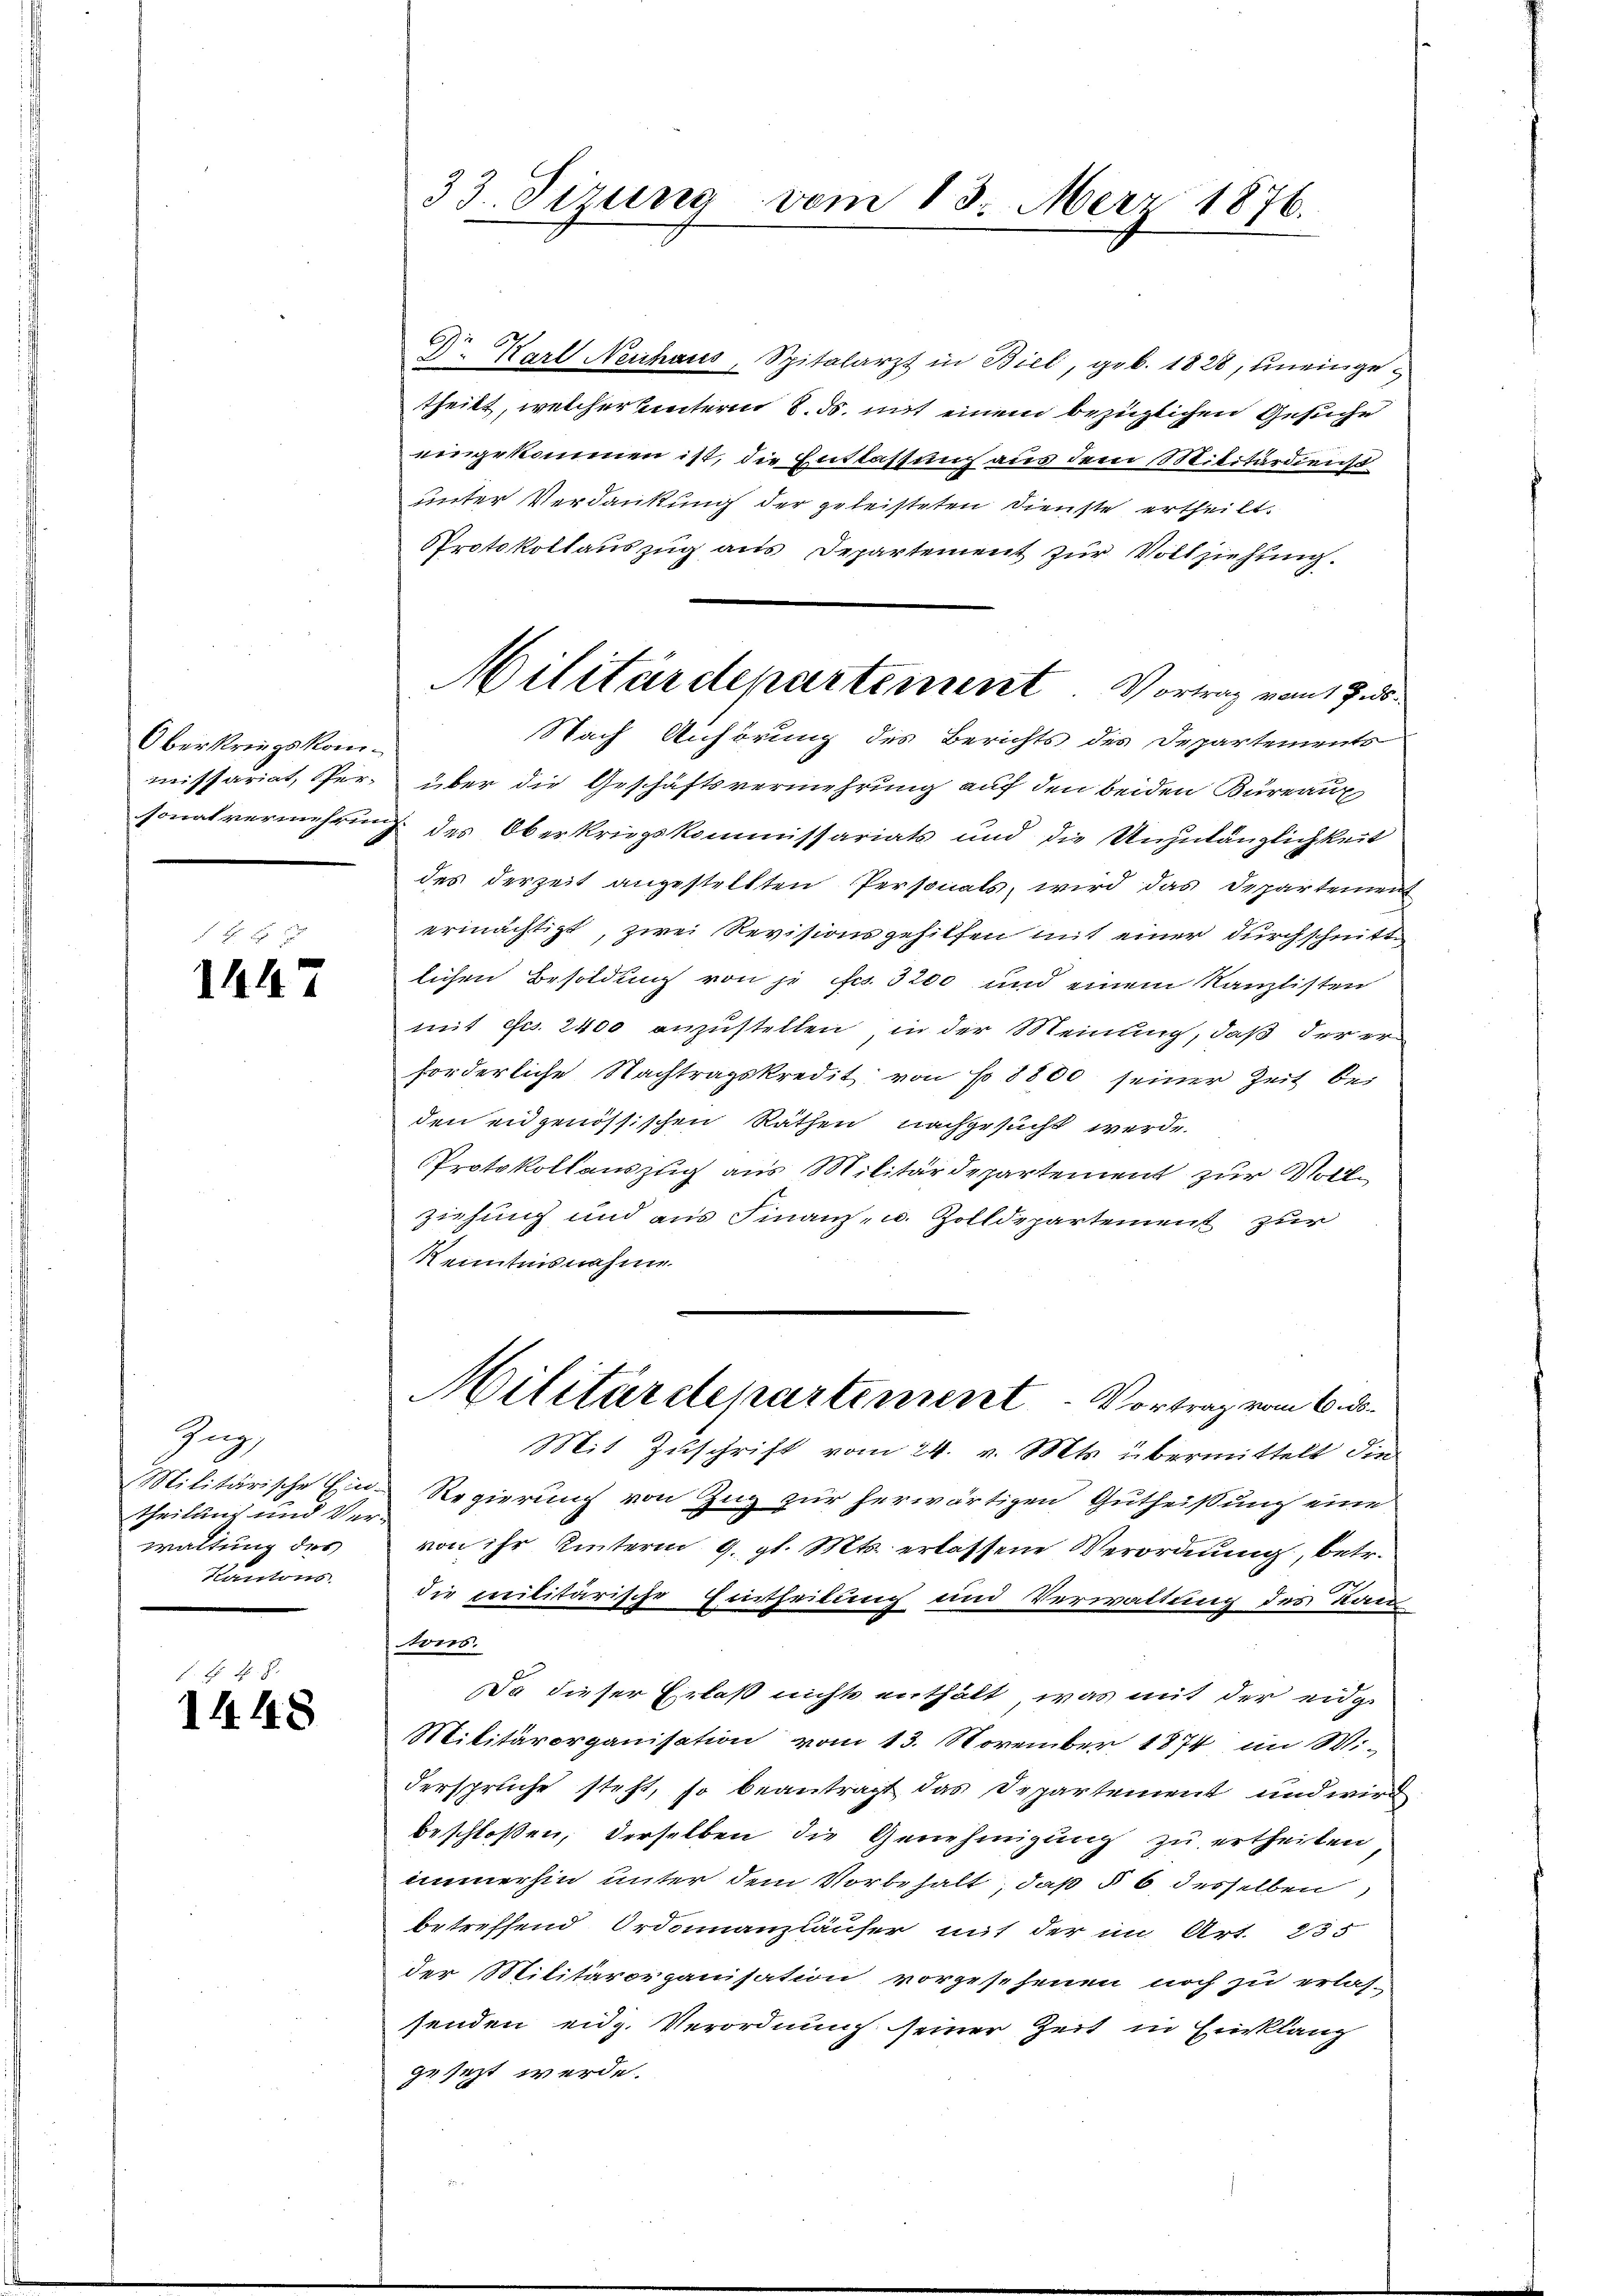
Oberkriegskom¬

1447

Jug
theilung und Ver-
waltung des
Kantons

H. Fr.
1448

33. Tizung vom 13. März 1876.

Dr. Karl Neuhaus, Spitalarzt in Biel, geb. 1828, uneingetheilt, welcher Unterm 8. ds. mit einem bezüglichen Gesuche
eingekommen ist, die Entlassung aus dem Militärdienst
unter Verdankung der geleisteten Dienste ertheilt.
Protokollauszug aus Departement zur Vollziehung.
Nach Anhörung des Berichts des Departements
missariat, er über die Geschäftsvermehrung auf den beiden Bureaux
sonalvermehring des Oberkriegskommissariats und die Unzulänglichkeit
des derzeit angestellten Personals, wird das Departement
ermächtigt, zwei Revisionsgehilfen mit einer durchschnitte
lichen Besoldung von je fes. 3200 und einem Kanzlisten
mit Fr. 2400 anzustellen, in der Meinung, daß der er
forderliche Nachtragskredit von No 8800 seiner Zeit bei
den eidgenössischen Räthen nachgesucht werde.
Protokollauszug aus Militärdepartement zur Vollziehung und aus Finanz- u. Zolldepartement zur
Kenntnisnahme
Militärdepartement. Vortrag vom 6. ds.
Mit Zuschrift vom 24. v. Mts. übermittelt die
Militärische Ein Regierung von Zug zur herwärtigen Gutheißung eine
von ihr hinterm 9. gl. Mts. erlassene Verordnung, betr.
die militärische Eintheilung und Verwaltung des Kan
wers.
Da dieser Erlaß nichts enthält, was mit der eidge¬
Militärorganisation vom 13. November 1874 im Wi-
derspruche steht, so beantragt das Departement und wird
beschloßen, derselben die Genehmigung zu ertheilen
immerhin unter dem Vorbehalt, daß § 6 desselben
betreffend Ordonanzläuser mit der im Art. 235
der Militärorganisation vorgesehenen noch zu erlas-
senden eidg. Verordnung seiner Zeit in Einklang
gesezt werde.

Militärdepartement. Vortrag vom 17. ds.